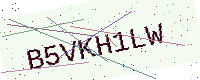
Text: B5VKH1LW